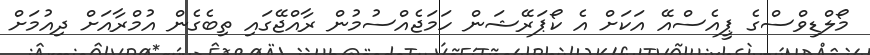
މޯލްޑިވްސްގެ ޕީއެސްއޭ އަކަށް އެ ކޯޕަރޭޝަން ހަމަޖެއްސުމުން ރާއްޖޭގައި ތިބެގެން އުމްރާއަށް ދިއުމަށް